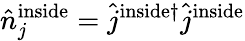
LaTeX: \hat{n}_{j}^{\mathrm{{inside}}}=\hat{j}^{\mathrm{{inside}\dagger}}\hat{j}^{\mathrm{{inside}}}